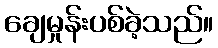
ချေမှုန်းပစ်ခဲ့သည်။